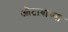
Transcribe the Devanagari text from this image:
ओटावाच्या